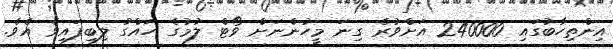
އިންތިހާބުގައި 240000 އަށްވުރެ ގިނަ މީހުންނަށް ވޯޓް ލުމުގެ ހައްގު ލިބިފައިވެ އެވެ.